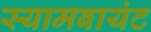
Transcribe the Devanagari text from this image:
स्‍यामबायंट